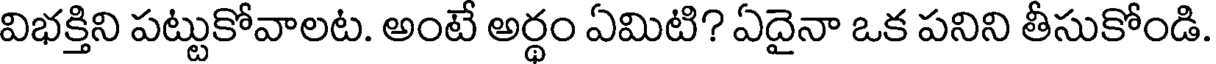
విభక్తిని పట్టుకోవాలట. అంటే అర్థం ఏమిటి? ఏదైనా ఒక పనిని తీసుకోండి